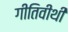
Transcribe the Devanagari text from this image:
गीतिवीथी